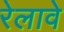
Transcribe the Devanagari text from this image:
रेलावे